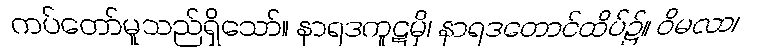
ကပ်တော်မူသည်ရှိသော်။ နာရဒကူဋမှိ၊ နာရဒတောင်ထိပ်၌။ ဝိမလာ၊